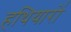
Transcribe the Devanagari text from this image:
हथियारो॑